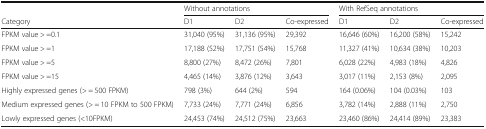
<table><thead><tr><td></td><td colspan="3"><b>Without annotations</b></td><td colspan="3"><b>With RefSeq annotations</b></td></tr><tr><td><b>Category</b></td><td><b>D1</b></td><td><b>D2</b></td><td><b>Co-expressed</b></td><td><b>D1</b></td><td><b>D2</b></td><td><b>Co-expressed</b></td></tr></thead><tbody><tr><td>FPKM value &gt; =0.1</td><td>31,040 (95%)</td><td>31,136 (95%)</td><td>29,392</td><td>16,646 (60%)</td><td>16,200 (58%)</td><td>15,242</td></tr><tr><td>FPKM value &gt; =1</td><td>17,188 (52%)</td><td>17,751 (54%)</td><td>15,768</td><td>11,327 (41%)</td><td>10,634 (38%)</td><td>10,203</td></tr><tr><td>FPKM value &gt; =5</td><td>8,800 (27%)</td><td>8,472 (26%)</td><td>7,801</td><td>6,028 (22%)</td><td>4,983 (18%)</td><td>4,826</td></tr><tr><td>FPKM value &gt; =15</td><td>4,465 (14%)</td><td>3,876 (12%)</td><td>3,643</td><td>3,017 (11%)</td><td>2,153 (8%)</td><td>2,095</td></tr><tr><td>Highly expressed genes (&gt; = 500 FPKM)</td><td>798 (3%)</td><td>644 (2%)</td><td>594</td><td>164 (0.06%)</td><td>104 (0.03%)</td><td>103</td></tr><tr><td>Medium expressed genes (&gt; = 10 FPKM to 500 FPKM)</td><td>7,733 (24%)</td><td>7,771 (24%)</td><td>6,856</td><td>3,782 (14%)</td><td>2,888 (11%)</td><td>2,750</td></tr><tr><td>Lowly expressed genes (&lt;10FPKM)</td><td>24,453 (74%)</td><td>24,512 (75%)</td><td>23,663</td><td>23,460 (86%)</td><td>24,414 (89%)</td><td>23,383</td></tr></tbody></table>